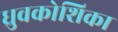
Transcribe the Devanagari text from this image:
ध्रुवकोशिका